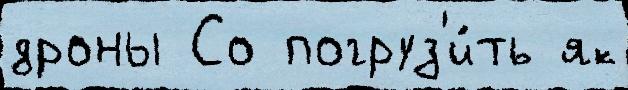
дроны Со погруз'и́ть як